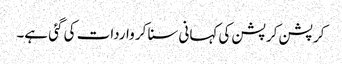
کرپشن کرپشن کی کہانی سنا کر واردات کی گئی ہے۔